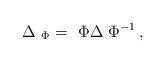
LaTeX: \begin{align*} \Delta _{{\ \Phi }}={\ \Phi }\Delta {\ \Phi }^{-1}\, ,\end{align*}